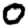
Digit: 0